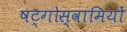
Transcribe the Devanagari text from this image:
षट्गोस्वामियों